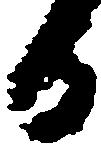
日